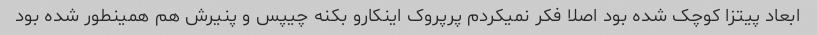
ابعاد پیتزا کوچک شده بود اصلا فکر نمیکردم پرپروک اینکارو بکنه چیپس و پنیرش هم همینطور شده بود